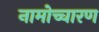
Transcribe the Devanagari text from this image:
नामोच्चारण